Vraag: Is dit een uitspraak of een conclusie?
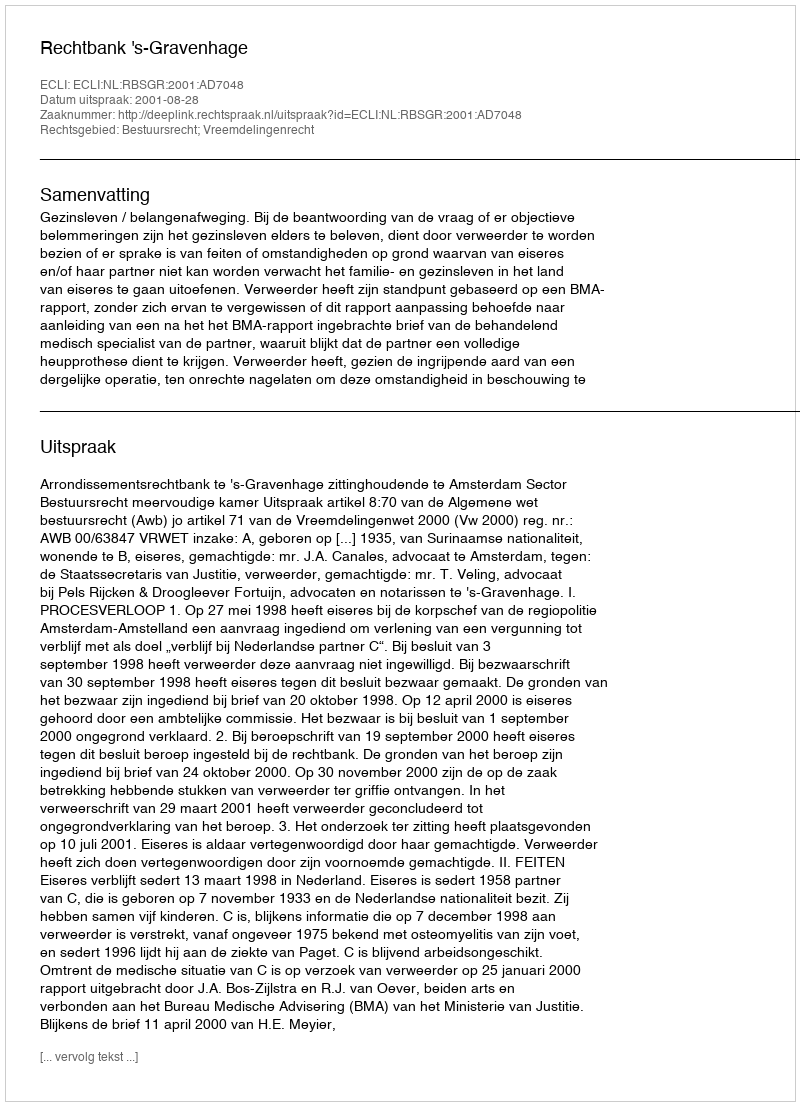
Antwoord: Uitspraak